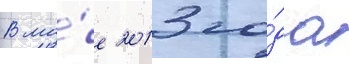
В ма́е 2013 го́да